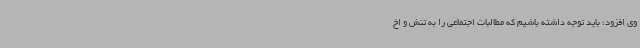
وی افزود: باید توجه داشته باشیم که مطالبات اجتماعی را به تنش و اخ